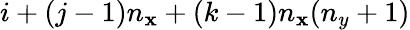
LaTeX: i+(j-1)n_{\mathbf{x}}+(k-1)n_{\mathbf{x}}(n_{y}+1)